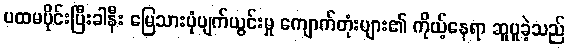
ပထမပိုင်းပြီးခါနီး မြေသားပုံပျက်ယွင်းမှု ကျောက်တုံးများ၏ ကိုယ့်နေရာ ဆူပူခဲ့သည်